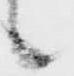
候